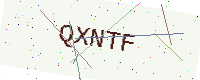
Text: QXNTF